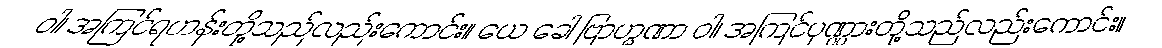
ဝါ၊ အကြင်ရဟန်းတို့သည်လည်းကောင်း။ ယေ ခေါ ဗြာဟ္မဏာ ဝါ၊ အကြင်ပုဏ္ဏားတို့သည်လည်းကောင်း။